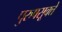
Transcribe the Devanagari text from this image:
पुरुषसूक्ते